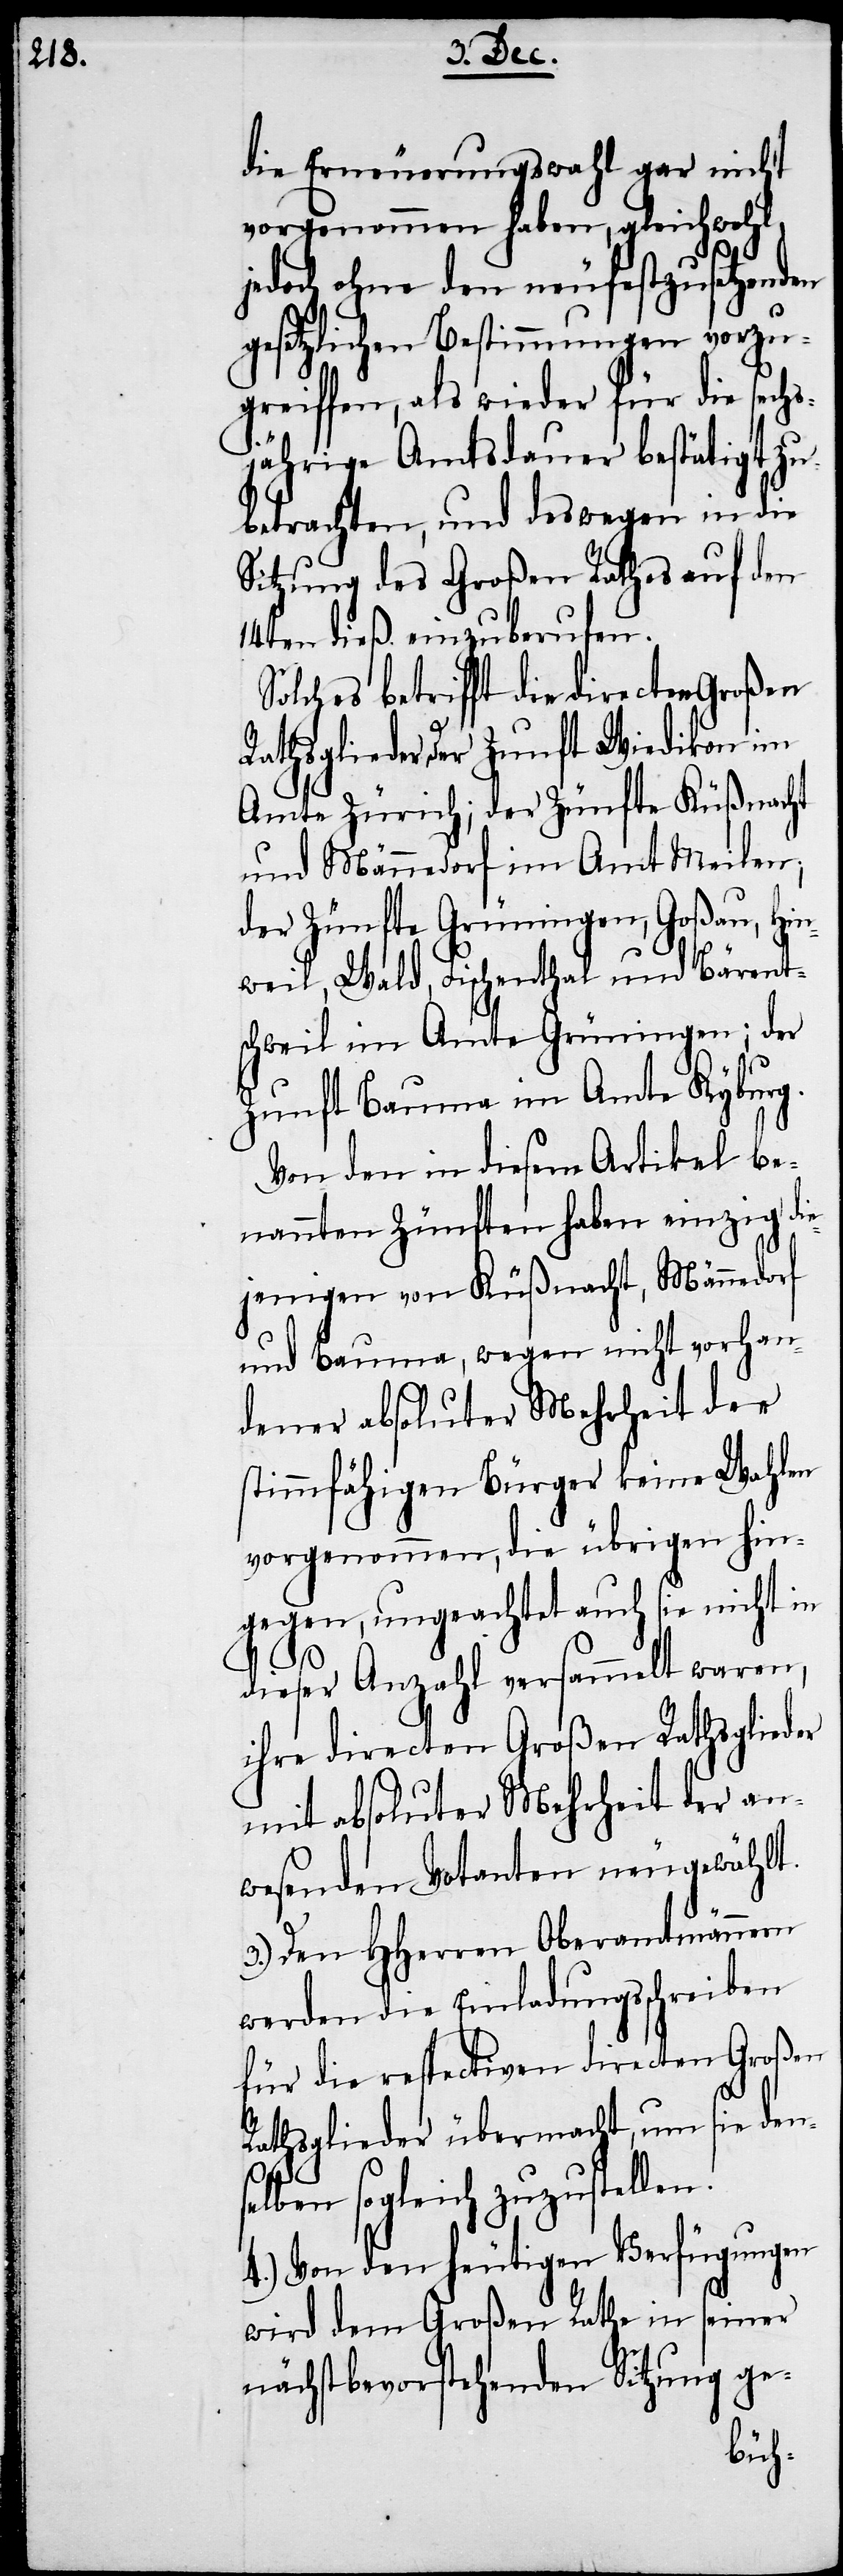
die Erneuerungswahl gar nicht
vorgenommen haben, gleichwohl,
jedoch ohne den neufestzusetzenden
gesetzlichen Bestimmungen vorzu¬
greiffen, als wieder für die sechs¬
jährige Amtsdauer bestätigt zu
betrachten, und deswegen in die
Sitzung des Großen Rathes auf den
14ten dieß einzuberufen.
Solches betrifft die directen Großen
Rathsglieder der Zunft Wiedikon im
Amte Zürich; der Zünfte Küßnacht
und Männedorf im Amt Meilen;
der Zünfte Grüningen, Goßau, Hi¬
nweil, Wald, Fischenthal und Bärent¬
schweil im Amte Grüningen; der
Zunft Bauma im Amte Kybrug.
Von den in diesem Artikel be¬
nannten Zünften haben einzig di¬
ejenigen von Küßnacht, Männedorf
und Bauma, wegen nicht vorhan¬
dener absoluter Mehrheit der
stimmfähigen Bürger keine Wahlen
vorgenommen, die übrigen hin¬
gegen, ungeachtet auch sie nicht
dieser Anzahl versammelt waren,
ihre directen Großen Rathsglieder
mit absoluter Mehrheit der an¬
wesenden Votanten neugewählt.
3.) Den HHerren Oberamtmännern
werden die Einladungsschreiben
für die respectiven directen Großen
Rathsglieder übermacht, um sie den¬
selben sogleich zuzustellen.
4.) Von den heutigen Verfügungen
wird dem Großen Rathe in seiner
nächstbevorstehenden Sitzung ge-